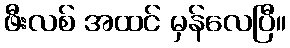
ဖီးလစ် အထင် မှန်လေပြီ။